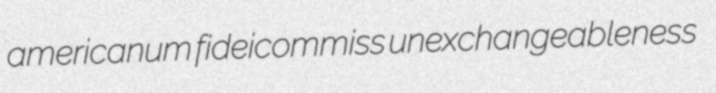
americanum fideicommiss unexchangeableness